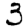
Digit: 3